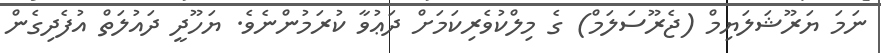
ނަމަ ޔަރޫޝަލަޔިމް (ޖެރޫސަލަމް) ގެ މިލްކުވެރިކަމަށް ދަޢުވާ ކުރަމުންނެވެ. ޔަހޫދީ ދައުލަތް އުފެދިގެން